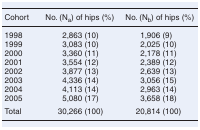
<table><thead><tr><td><b>Cohort</b></td><td><b>No. (N<sub>a</sub>) of hips (%)</b></td><td><b>No. (N<sub>b</sub>) of hips (%)</b></td></tr></thead><tbody><tr><td>1998</td><td>2,863 (10)</td><td>1,906 (9)</td></tr><tr><td>1999</td><td>3,083 (10)</td><td>2,025 (10)</td></tr><tr><td>2000</td><td>3,360 (11)</td><td>2,178 (11)</td></tr><tr><td>2001</td><td>3,554 (12)</td><td>2,389 (12)</td></tr><tr><td>2002</td><td>3,877 (13)</td><td>2,639 (13)</td></tr><tr><td>2003</td><td>4,336 (14)</td><td>3,056 (15)</td></tr><tr><td>2004</td><td>4,113 (14)</td><td>2,963 (14)</td></tr><tr><td>2005</td><td>5,080 (17)</td><td>3,658 (18)</td></tr><tr><td>Total</td><td>30,266 (100)</td><td>20,814 (100)</td></tr></tbody></table>